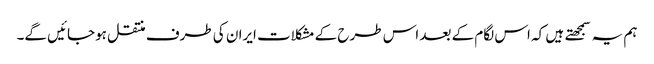
ہم یہ سمجهتے ہیں کہ اس لگام کے بعد اس طرح کے مشکلات ایران کی طرف منتقل ہوجائیں گے۔